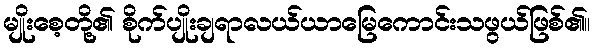
မျိုးစေ့တို့၏ စိုက်ပျိုးချရာလယ်ယာမြေကောင်းသဖွယ်ဖြစ်၏။